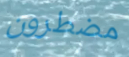
مضطرون